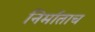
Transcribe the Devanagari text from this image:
निर्माताच